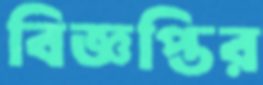
বিজ্ঞপ্তির